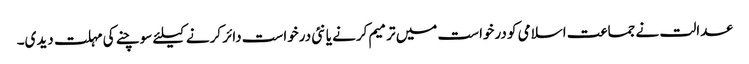
عدالت نے جماعت اسلامی کو درخواست میں ترمیم کرنے یا نئی درخواست دائر کرنے کیلئے سوچنے کی مہلت دیدی۔